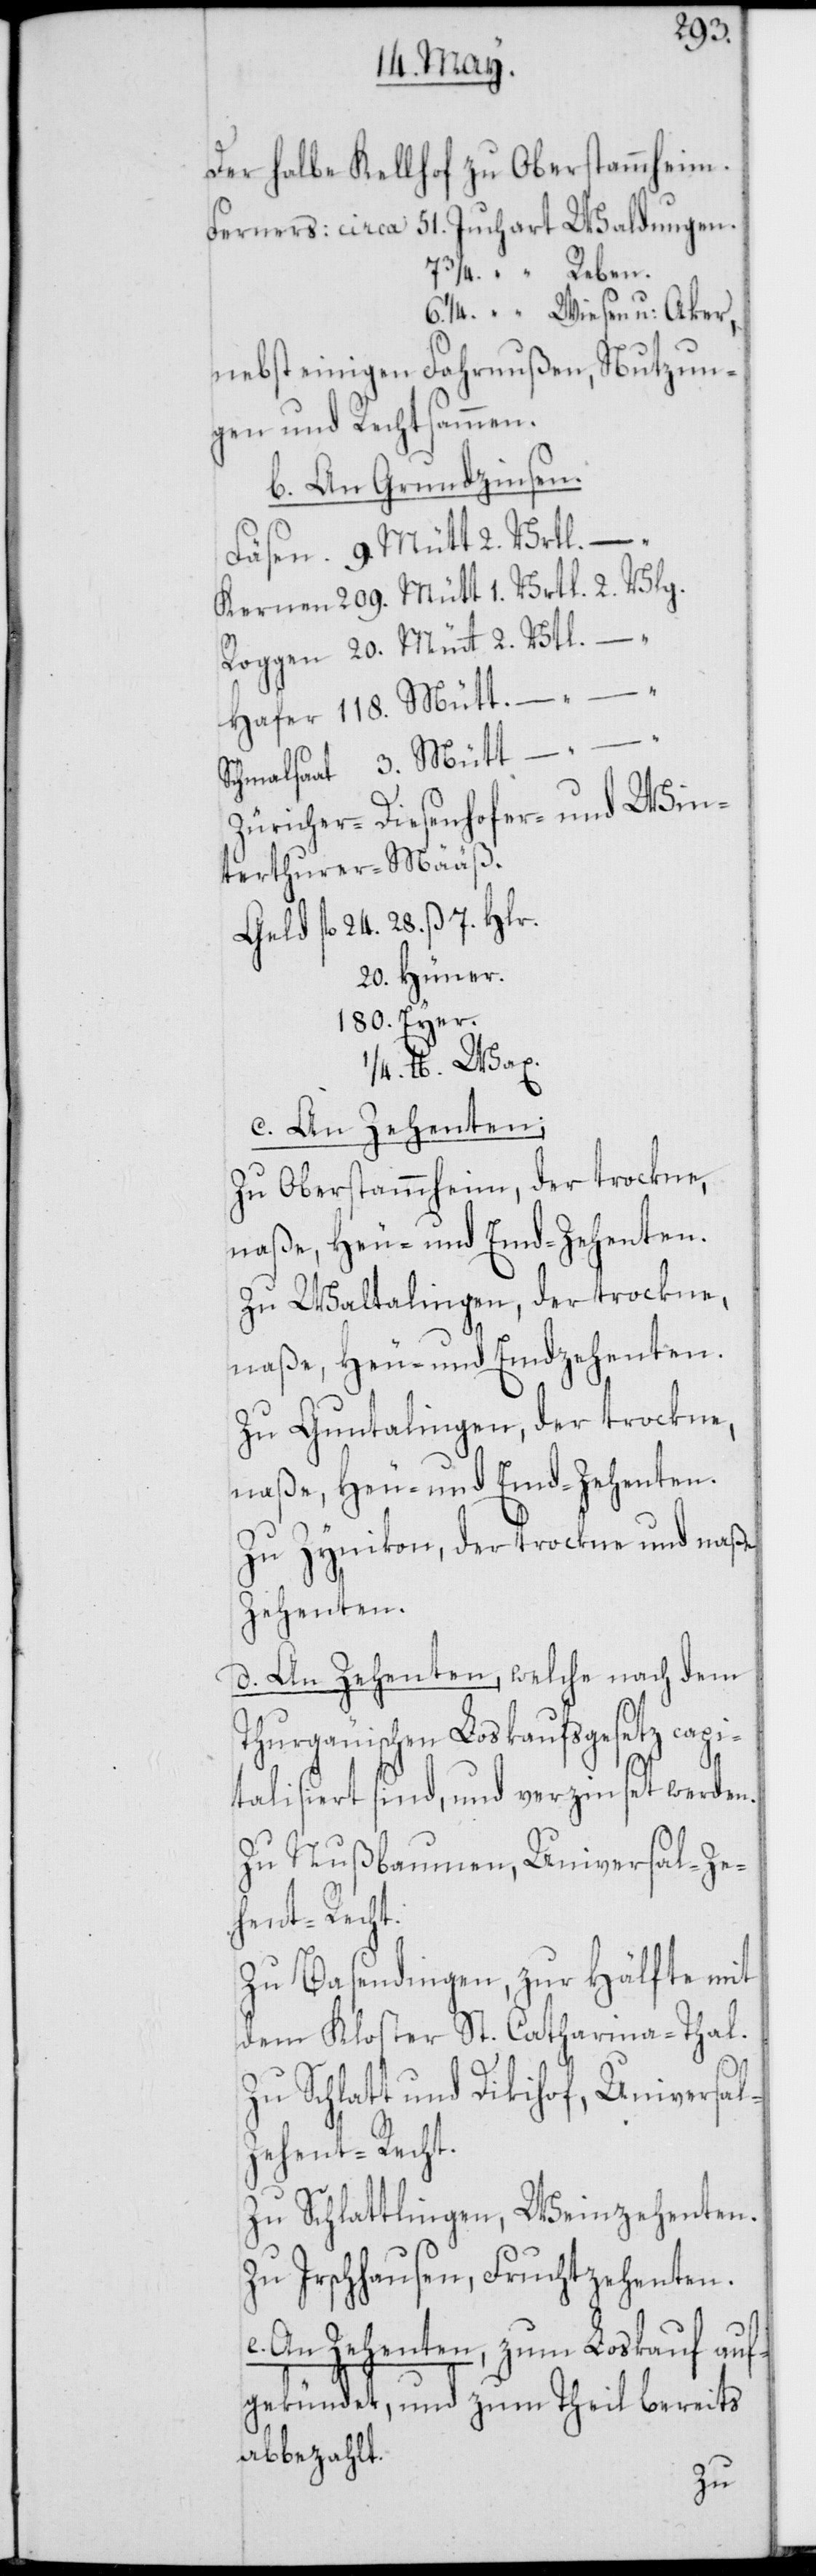
Der halbe Kellhof zu Oberstammheim.
Ferners: circa 51. Juchart Waldungen.
3/4. “ Reben.
6 1/4. “ Wiesen u. Acker,
nebst einigen Fahrnußen, Nutzun¬
gen und Rechtsammen.
b. An Grundzinsen.
Fäsen 9. Mütt 2. Vrtl.
Kernen 209. Mütt 1. Vrtl. 2. Vlg.
Roggen 20. Mütt 2. Vtl. – .
Hafer 118. Mütt. – .
Schmalsaat 3. Mütt –
Züricher-[,] Dießenhofer- und Win¬
terthurer-Määß.
Geld fl. 24. 28. ß 7. Hlr.
20. Hüner.
180. Eyer.
1/4. lb. Wax.
c. An Zehenten;
Zu Oberstammheim, der trockne,
naße, Heu- und Emd-Zehenten.
Zu Waltalingen, der trockne,
naße, Heu- und Emdzehenten.
Zu Guntalingen, der trockne,
naße, Heu- und Emd-Zehenten.
Zu Zynikon, der trockne und naße
Zehenten.
d. An Zehenten, welche nach dem
Thurgäuischen Loskaufsgesetz capi¬
talisiert sind, und verzinset werden.
Zu Nußbaumen, Universal-Ze¬
ehent-Recht.
Zu Basendingen, zur Hälfte mit
dem Kloster St. Catharina-Thal.
Zu Schlatt und Dikihof, Universa¬
Zu Schlattlingen, Weinzehenten.
Zu Irschhausen, Fruchtzehenten.
e. An Zehenten, zum Loskauf auf¬
gekündet, und zum Theil bereits
abbezahlt.
l-Z¬